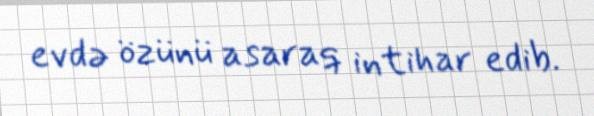
evdə özünü asaraq intihar edib.